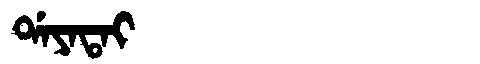
Manchu: ᡩᠠᠶᠠᡨᠠᡳ
Romanization: DAYATAI